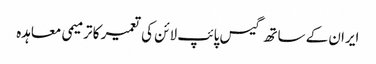
ایران کے ساتھ گیس پائپ لائن کی تعمیر کا ترمیمی معاہدہ